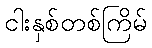
ငါးနှစ်တစ်ကြိမ်